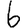
Digit: 6